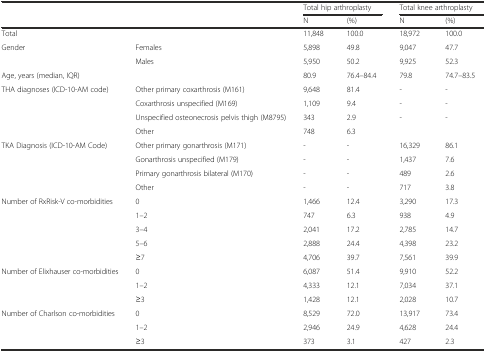
|  |  | <COLSPAN=2> Total hip arthroplasty | <COLSPAN=2> Total knee arthroplasty |
 |  |  | N | (%) | N | (%) |
 | --- | --- | --- | --- | --- | --- |
 | Total |  | 11,848 | 100.0 | 18,972 | 100.0 |
 | Gender | Females | 5,898 | 49.8 | 9,047 | 47.7 |
 |  | Males | 5,950 | 50.2 | 9,925 | 52.3 |
 | Age, years (median, IQR) |  | 80.9 | 76.4–84.4 | 79.8 | 74.7–83.5 |
 | <ROWSPAN=4> THA diagnoses (ICD-10-AM code) | Other primary coxarthrosis (M161) | 9,648 | 81.4 | - | - |
 | Coxarthrosis unspecified (M169) | 1,109 | 9.4 | - | - |
 | Unspecified osteonecrosis pelvis thigh (M8795) | 343 | 2.9 | - | - |
 | Other | 748 | 6.3 |  |  |
 | <ROWSPAN=4> TKA Diagnosis (ICD-10-AM Code) | Other primary gonarthrosis (M171) | - | - | 16,329 | 86.1 |
 | Gonarthrosis unspecified (M179) | - | - | 1,437 | 7.6 |
 | Primary gonarthrosis bilateral (M170) | - | - | 489 | 2.6 |
 | Other | - | - | 717 | 3.8 |
 | <ROWSPAN=5> Number of RxRisk-V co-morbidities | 0 | 1,466 | 12.4 | 3,290 | 17.3 |
 | 1–2 | 747 | 6.3 | 938 | 4.9 |
 | 3–4 | 2,041 | 17.2 | 2,785 | 14.7 |
 | 5–6 | 2,888 | 24.4 | 4,398 | 23.2 |
 | ≥7 | 4,706 | 39.7 | 7,561 | 39.9 |
 | <ROWSPAN=3> Number of Elixhauser co-morbidities | 0 | 6,087 | 51.4 | 9,910 | 52.2 |
 | 1–2 | 4,333 | 12.1 | 7,034 | 37.1 |
 | ≥3 | 1,428 | 12.1 | 2,028 | 10.7 |
 | <ROWSPAN=3> Number of Charlson co-morbidities | 0 | 8,529 | 72.0 | 13,917 | 73.4 |
 | 1–2 | 2,946 | 24.9 | 4,628 | 24.4 |
 | ≥3 | 373 | 3.1 | 427 | 2.3 |